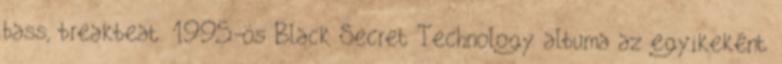
bass, breakbeat. 1995-ös Black Secret Technology albuma az egyikeként